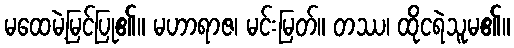
မထေမဲ့မြင်ပြု၏။ မဟာရာဇ၊ မင်းမြတ်။ တဿ၊ ထိုငရဲသူမ၏။